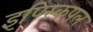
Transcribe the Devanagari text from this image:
इपिस्कपल